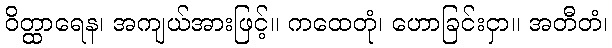
ဝိတ္ထာရေန၊ အကျယ်အားဖြင့်။ ကထေတုံ၊ ဟောခြင်းငှာ။ အတီတံ၊